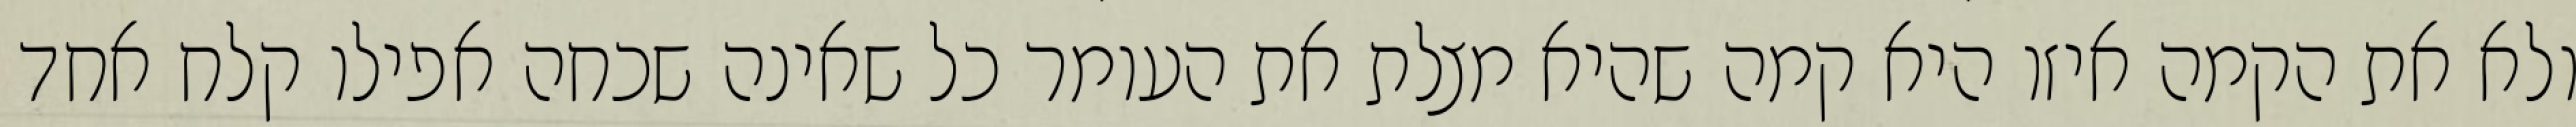
ולא את הקמה איזו היא קמה שהיא מצלת את העומר כל שאינה שכחה אפילו קלח אחד